Report of an investigation into the causes of malaria in Bombay and the measures necessary for its control
Disease focus: Malaria
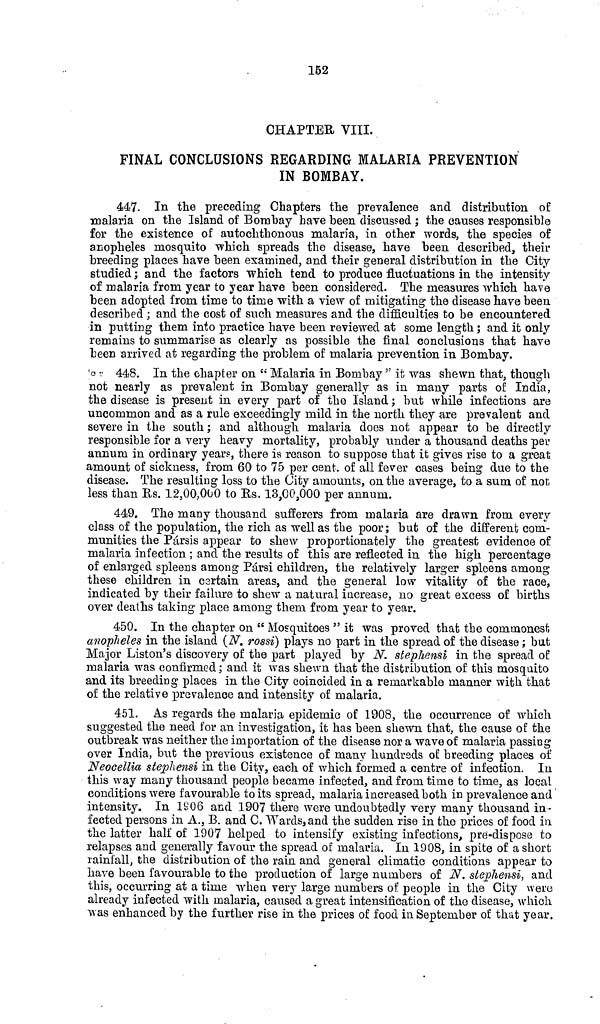
152
CHAPTER VIII.
FINAL CONCLUSIONS REGARDING MALARIA PREVENTION
IN BOMBAY.
447. In the preceding Chapters the prevalence and distribution of
malaria on the Island of Bombay have been discussed ; the causes responsible
for the existence of autochthonous malaria, in other words, the species of
anopheles mosquito which spreads the disease, have been described, their
breeding places have been examined, and their general distribution in the City
studied ; and the factors which tend to produce fluctuations in the intensity
of malaria from year to year have been considered. The measures which have
been adopted from time to time with a view of mitigating the disease have been
described ; and the cost of such measures and the difficulties to be encountered
in putting them into practice have been reviewed at some length ; and it only
remains to summarise as clearly as possible the final conclusions that have
been arrived at regarding the problem of malaria prevention in Bombay.
448. In the chapter on " Malaria in Bombay " it was shewn that, though
not nearly as prevalent in Bombay generally as in many parts of India,
the disease is present in every part of the Island ; but while infections are
uncommon and as a rule exceedingly mild in the north they are prevalent and
severe in the south ; and although malaria does not appear to be directly
responsible for a very heavy mortality, probably under a thousand deaths per
annum in ordinary year?, there is reason to suppose that it gives rise to a great
amount of sickness, from 60 to 75 per cent. of all fever cases being due to the
disease. The resulting loss to the City amounts, on the average, to a sum, of not
less than Rs. 12,00,000 to Es. 13,00,000 per annum.
449. The many thousand sufferers from malaria are drawn from every
class of the population, the rich as well as the poor; but of the different com-
munities the Pársis appear to shew proportionately the greatest evidence of
malaria infection ; and the results of this are reflected in the high percentage
of enlarged spleens among Pársi children, the relatively larger spleens among
these children in cartain areas, and the general low vitality of the race,
indicated by their failure to shew a natural increase, no great excess of births
over deaths taking place among them from year to year.
450. In the chapter on " Mosquitoes " it was proved that the commonest
anopheles in the island (N. rossi) plays no part in the spread of the disease ; but
Major Liston's discovery of the part played by N. stephensi in the spread of
malaria was confirmed; and it was shewn that the distribution of this mosquito
and its breeding places in the City coincided in a remarkable manner with that
of the relative prevalence and intensity of malaria.
451. As regards the malaria epidemic of 1908, the occurrence of which
suggested the need for an investigation, it has been shewn that, the cause of the
outbreak was neither the importation of the disease nor a wave of malaria passing
over India, but the previous existence of many hundreds of breeding places of
Neocellia stephensi in the City, each of which formed a centre of infection. In
this way many thousand people became infected, and from time to time, as local
conditions were favourable to its spread, malaria increased both in prevalence and
intensity. In 1906 and 1907 there were undoubtedly very many thousand in-
fected persons in A., B. and C. Wards, and the sudden rise in the prices of food in
the latter half of 1907 helped to intensify existing infections, pre-dispose to
relapses and generally favour the spread of malaria. In 1908, in spite of a short
rainfall, the distribution of the rain and general climatic conditions appear to
have been favourable to the production of large numbers of N. stephensi, and
this, occurring at a time when very large numbers of people in the City were
already infected with malaria, caused a great intensification of the disease, which
was enhanced by the further rise in the prices of food in September of that year.